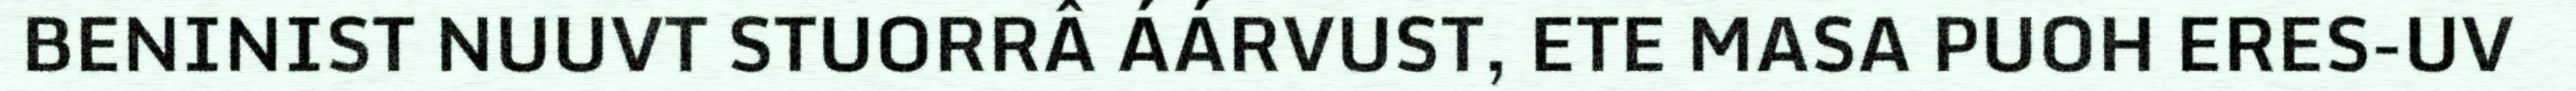
BENINIST NUUVT STUORRÂ ÁÁRVUST, ETE MASA PUOH ERES-UV